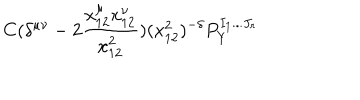
C ( \delta ^ { \mu \nu } - 2 \frac { x _ { 1 2 } ^ { \mu } x _ { 1 2 } ^ { \nu } } { x _ { 1 2 } ^ { 2 } } ) ( x _ { 1 2 } ^ { 2 } ) ^ { - \delta } P _ { Y } ^ { I _ { 1 } . . . J _ { r } }